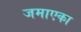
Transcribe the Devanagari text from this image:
जमाएका